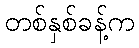
တစ်နှစ်ခန့်က